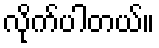
လိုက်ပါတယ်။